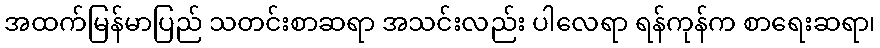
အထက်မြန်မာပြည် သတင်းစာဆရာ အသင်းလည်း ပါလေရာ ရန်ကုန်က စာရေးဆရာ၊